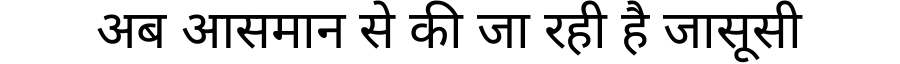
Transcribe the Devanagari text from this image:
अब आसमान से की जा रही है जासूसी